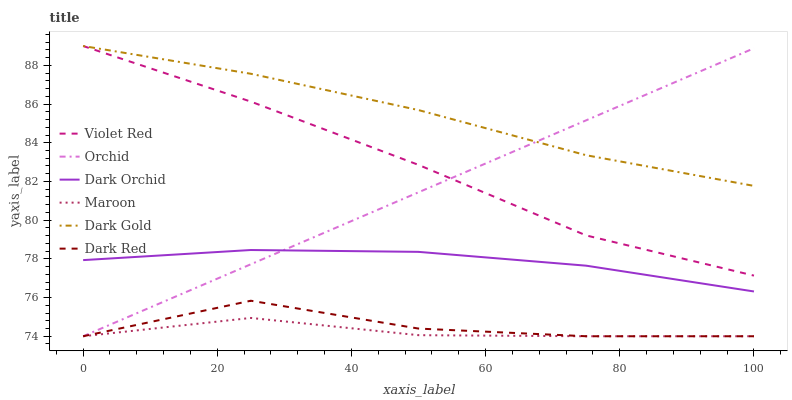
| xaxis_label | Violet Red | Orchid | Dark Orchid | Maroon | Dark Gold | Dark Red |
 | --- | --- | --- | --- | --- | --- | --- |
 | 0 | 89 | 74 | 77.9 | 74 | 89 | 74 |
 | 25 | 86.1 | 77.7 | 78.5 | 74.9 | 87.6 | 75.8 |
 | 50 | 82.9 | 81.4 | 78.4 | 74.1 | 85.7 | 74.4 |
 | 75 | 79.2 | 85.2 | 77.6 | 74 | 83.4 | 74 |
 | 100 | 77.1 | 88.9 | 76.3 | 74 | 81.8 | 74 |